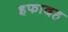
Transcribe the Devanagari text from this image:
इफादह